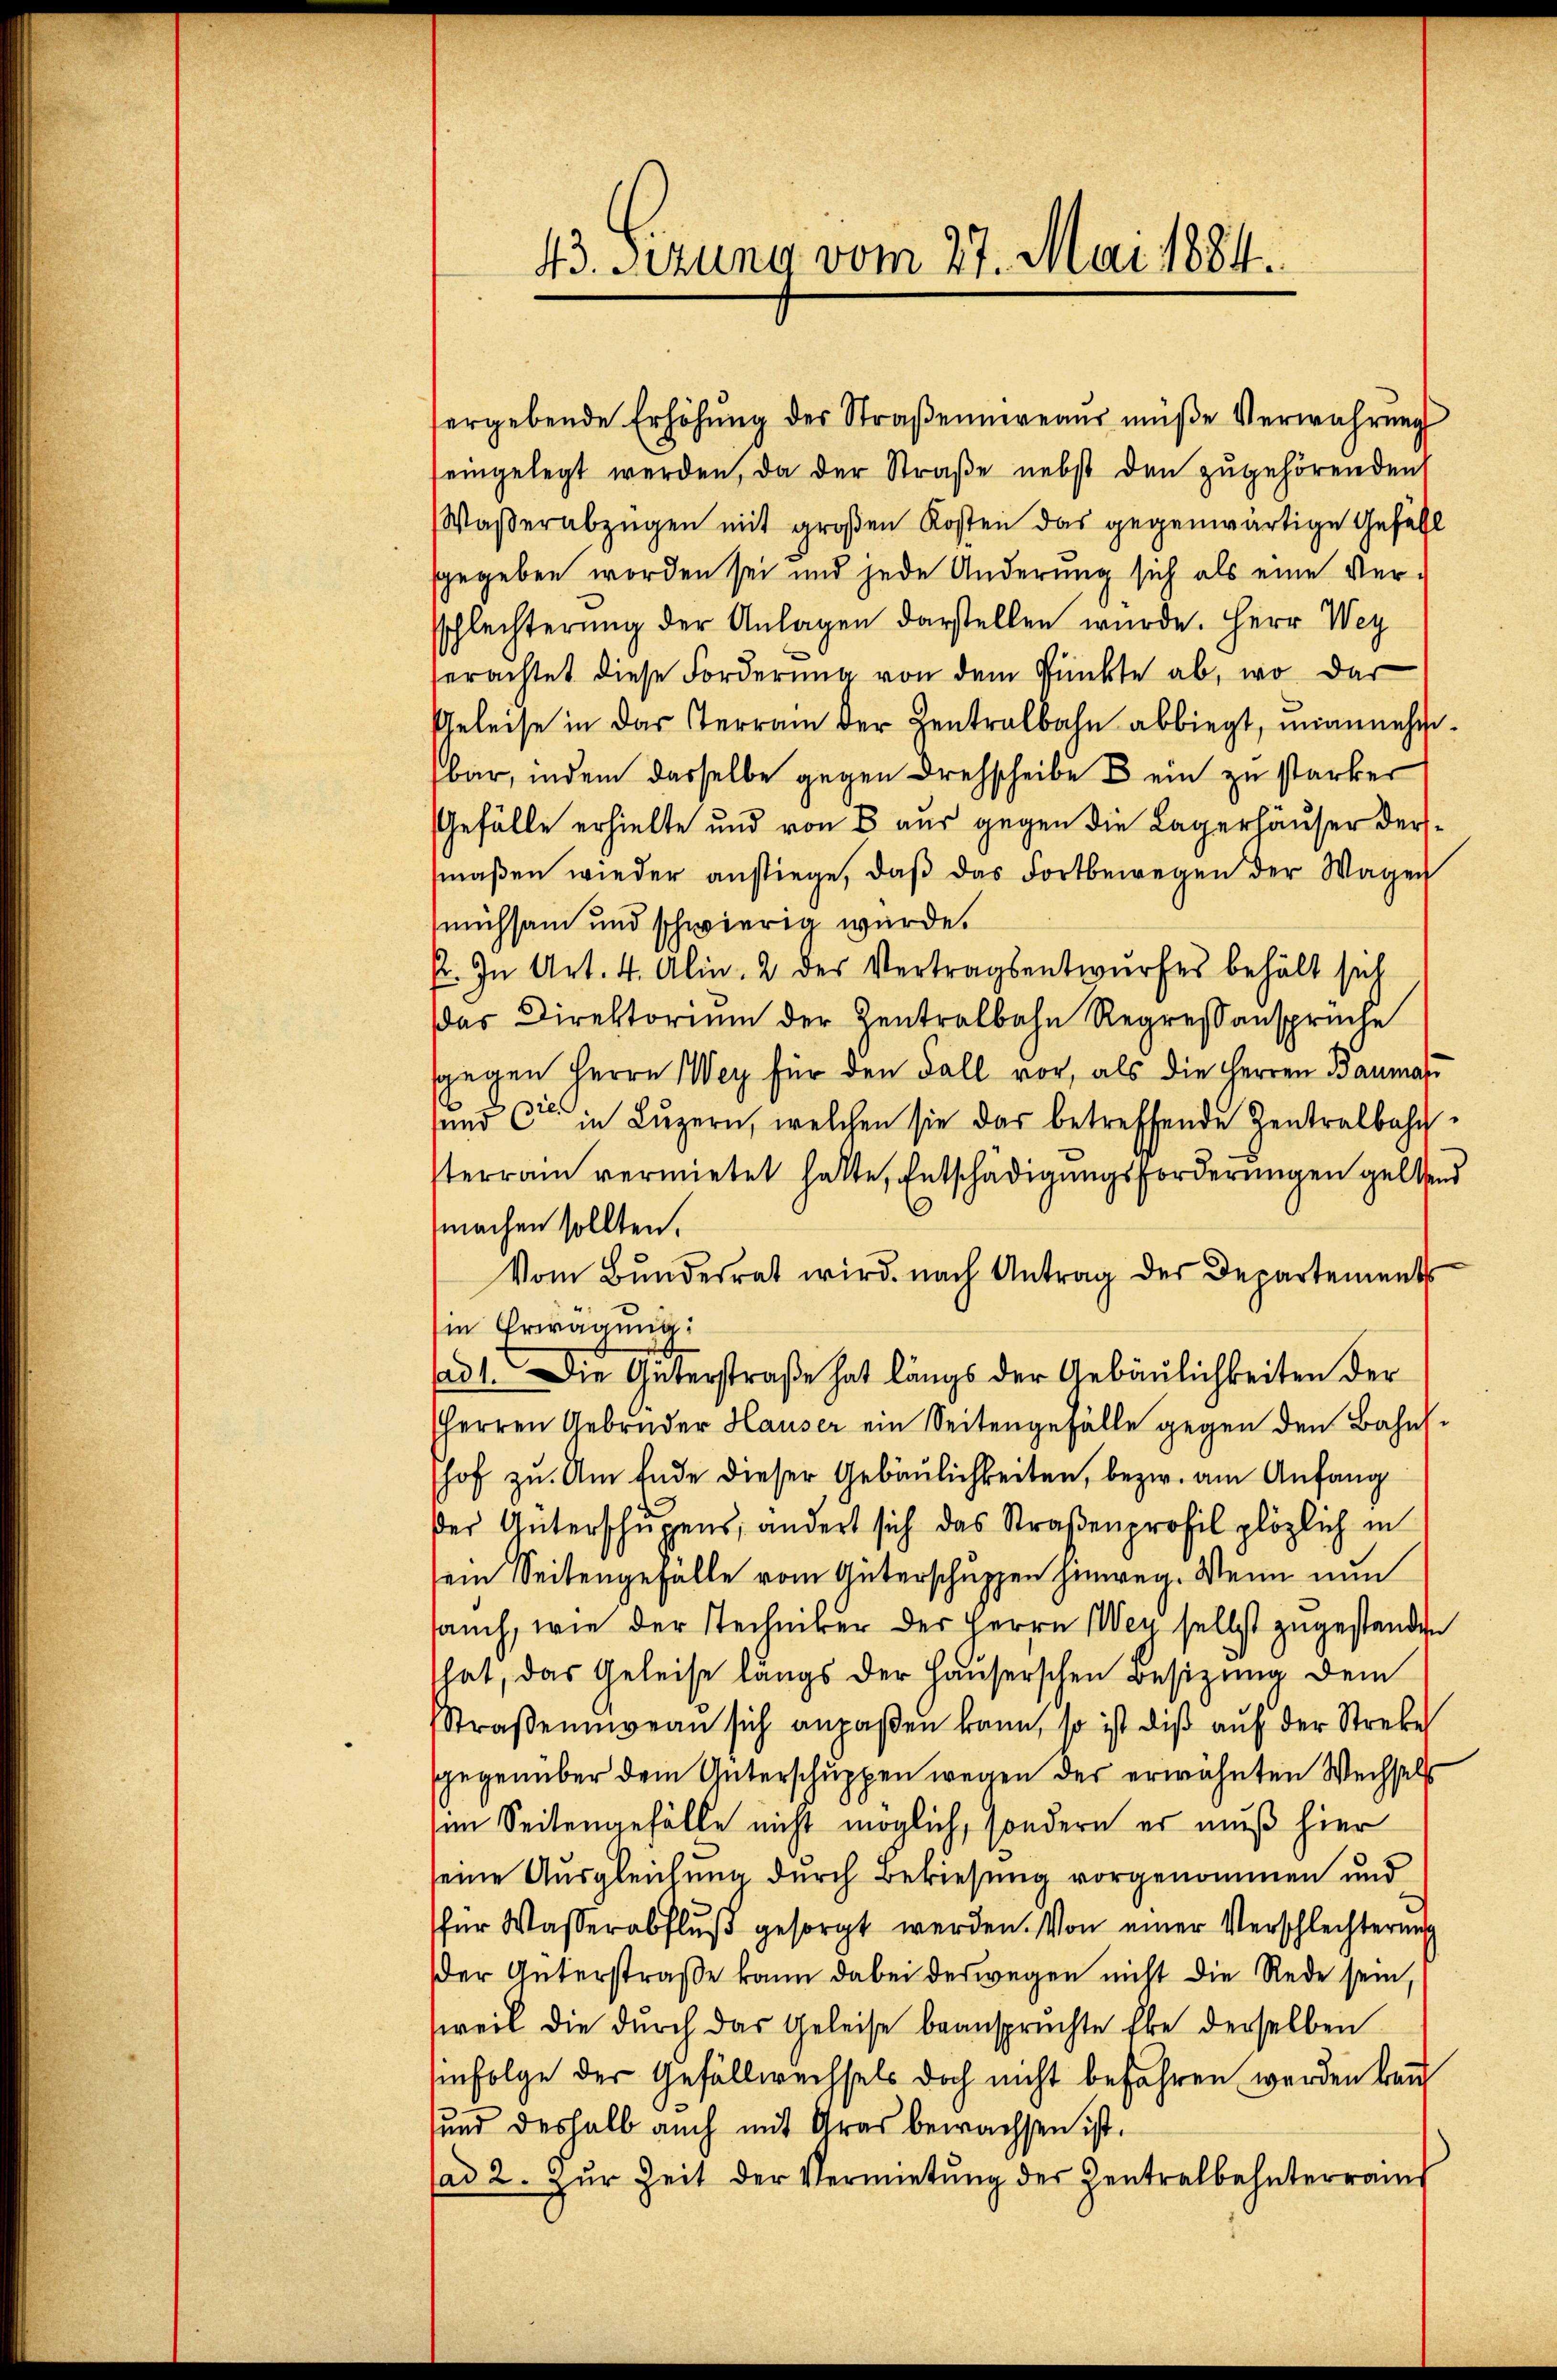
43. Fezung vom 27. Mai 1884.

ergebende Erhöhŭng der Straβennereaŭs müße Verwahrung
eingelegt werden, da der Straße nebst den zugehörenden
Waßerabzügen mit großen Kosten das gegenwärtige Gefühl
sgegeben worden sei und jede Änderung sich als eine Versschlechterung der Anlagen darstellen wurde. Herr Weg
erachtet diese Forderung von dem Punkte ab, wo dar
Geleise in der Terrain der Zentralbahn abbiegt, mannehmibar, indem dasselbe gegen Drehscheibe & ein zu starker
Gefälle erhielte und von 8 aus gegen die Lagerhäuser dersmaβen wieder anstiege, daβ das Fortbewegen der Wagen
mühsam und schwierig wurde.
F. In Art. 4. Alin. 2 des Vertragsentwurfes behält sich
das Direktoriŭm der Zentralbahn Regressansprüche
sgegen Herrn Wey für den Fall vor, als die Herren Baumas
und  in Lŭzern, welchen sie das betreffende Zentralbahnsterrain vermietet hatte, Entschädigungsforderungen geltend
machen sollten.
Vom Bŭndesrat wird nach Antrag der Departements
in Erwägung:
(ad 1. Die Güterstraße hat längs der Gebäulichkeiten der
Herren Gebrüder Hauser ein Seitengefalle gegen den Bahnl
shof zu. Am Ende dieser Gebäulichkeiten, bezw. am Anfang
der Güterschŭgens, andert sich das Straßenprofil plözlich in
sein Seitengefalle vom Güterschuppen hinweg. Wenn nun
sauch, wie der Stechniker der Herrn Wey selbst zugestanden
hat, das Geleise längs der Hauserschen Besizung dem
Straβeniveau sich anpaßen kann, so ist dis auf der Strebe
gegenüber dem Güterschuppen wegen der erwähnten Wechsels
im Seitengefälle nicht möglich, sondern er muß hier
seine Ausgleichung durch Bekiesung vorgenommen und
für Wasserabfluß gesorgt werden. Von einer Verschlechterung
der Güterstraße kann dabei derwegen nicht die Rede sein,
weil die durch das Geleise beanspruchte Ehe derselben
enfolge der Gefällwechsels doch nicht befahren werden kann
und deshalb auch mit Aras bewachsen ist.
(ad 2. Zur Zeit der Vermietung der Zentralbahnterrauch